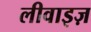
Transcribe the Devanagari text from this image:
लीवाइज़